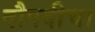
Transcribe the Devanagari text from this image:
दौपदीचा